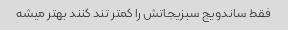
فقط ساندویج سبزیجاتش را کمتر تند کنند بهتر میشه